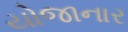
યોજાનાર